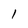
Character: 1